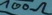
Text: 100Ω